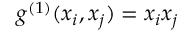
{ g } ^ { ( 1 ) } ( x _ { i } , x _ { j } ) = x _ { i } x _ { j }